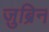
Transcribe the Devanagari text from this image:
ज़ुब्रिन